Insane asylums in Bengal annual reports 1876-1887 - 1876-1887
Year: 1876
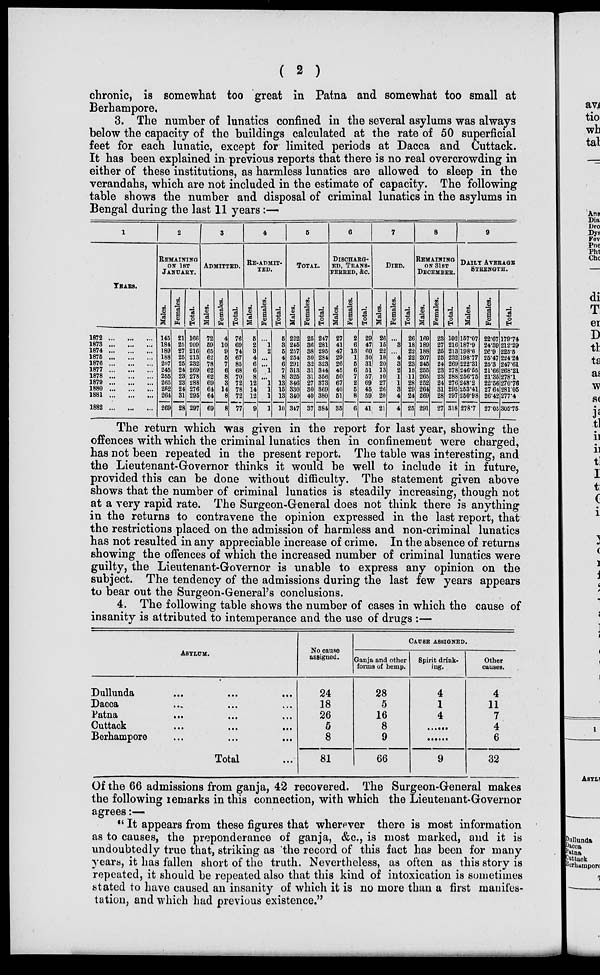
( 2 )
chronic, is somewhat too great in Patna and somewhat too small at
Berhampore.
3. The number of lunatics confined in the several asylums was always
below the capacity of the buildings calculated at the rate of 50 superficial
feet for each lunatic, except for limited periods at Dacca and Cuttack.
It has been explained in previous reports that there is no real overcrowding in
either of these institutions, as harmless lunatics are allowed to sleep in the
verandahs, which are not included in the estimate of capacity. The following
table shows the number and disposal of criminal lunatics in the asylums in
Bengal during the last 11 years:—
1
YEARS.
1872 ... ... ...
1873 ... ... ...
1874 ... ... ...
1875 ... ... ...
1876 ... ... ...
1877 ... ... ...
1878 ... ... ...
1879 ... ... ...
1880
...
...
...
1881 ... ... ...
1882 ... ... ...
2
REMAINING
ON 1ST
JANUARY.
Males.
145
184
189
188
207
245
255
265
252
264
269
Females.
21
25
27
25
25
24
23
23
24
31
28
Total.
166
209
216
213
232
269
278
288
276
295
297
3
ADMITTED.
Males.
72
59
65
62
78
62
62
69
64
64
69
Females.
4
10
9
5
7
6
8
3
14
8
8
Total.
76
69
74
67
85
68
70
72
78
72
77
4
RE-ADMIT-
----
Males.
5
2
3
4
6
6
8
12
14
12
9
Females.
...
1
2
...
...
1
...
1
1
1
1
Total.
5
3
5
4
6
7
8
13
15
13
10
5
TOTAL.
Males.
222
245
257
254
291
313
325
346
330
340
347
Females.
25
36
38
30
32
31
31
27
30
40
37
Total.
247
281
295
284
323
344
356
373
369
380
384
6
DISCHARG-
ED, TRANS-
FERRED, &c.
Males.
27
41
47
29
26
45
50
67
40
51
35
Females.
2
6
13
1
5
6
7
2
5
8
6
Total.
29
47
60
30
31
51
57
69
45
59
41
7
DIED.
Males.
26
15
22
18
20
13
10
27
26
20
21
Females.
...
3
...
4
3
2
1
1
3
4
4
Total.
26
18
22
22
23
15
11
28
29
24
25
8
REMAINING-
ON 31ST
DECEMBER.
Males.
169
189
188
207
245
255
265
252
264
269
291
Females.
23
27
25
25
24
23
23
24
31
28
27
Total.
192
216
213
232
269
278
288
276
295
297
318
9
DAILY AVERAGE
STRENGTH.
Males.
157.07
187.9
198.6
198.77
222.31
246.55
256.75
248.2
253.41
250.98
278.7
Females.
22.67
24.39
26.9
25.47
25.3
21.66
21.35
22.56
27.64
26.42
27.05
Total.
179.74
212.29
225.5
224.24
247.61
268.21
278.1
270.76
281.05
277.4
305.75
The return which was given in the report for last year, showing the
offences with which the criminal lunatics then in confinement were charged,
has not been repeated in the present report. The table was interesting, and
the Lieutenant-Governor thinks it would be well to include it in future,
provided this can be done without difficulty. The statement given above
shows that the number of criminal lunatics is steadily increasing, though not
at a very rapid rate. The Surgeon-General does not think there is anything
in the returns to contravene the opinion expressed in the last report, that
the restrictions placed on the admission of harmless and non-criminal lunatics
has not resulted in any appreciable increase of crime. In the absence of returns
showing the offences of which the increased number of criminal lunatics were
guilty, the Lieutenant-Governor is unable to express any opinion on the
subject. The tendency of the admissions during the last few years appears
to bear out the Surgeon-General's conclusions.
4. The following table shows the number of cases in which the cause of
insanity is attributed to intemperance and the use of drugs :—
ASYLUM.
Dullunda ... ... ...
Dacca ... ... ...
Patna
...
...
...
Cuttack
...
...
...
Berhampore ... ... ...
Total ...
No cause
assigned.
24
18
26
5
8
81
CAUSE ASSIGNED.
Ganja and other
forms of hemp.
28
5
16
8
9
66
Spirit drink-
ing.
4
1
4
......
......
9
Other
causes.
4
11
7
4
6
32
Of the 66 admissions from ganja, 42 recovered. The Surgeon-General makes
the following remarks in this connection, with which the Lieutenant-Governor
agrees:—
" It appears from these figures that wherever there is most information
as to causes, the preponderance of ganja, &c., is most marked, and it is
undoubtedly true that, striking as the record of this fact has been for many
years, it has fallen short of the truth. Nevertheless, as often as this story is
repeated, it should be repeated also that this kind of intoxication is sometimes
stated to have caused an insanity of which it is no more than a first manifes-
tation, and which had previous existence."